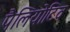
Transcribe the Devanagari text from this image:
पैलियोटिव